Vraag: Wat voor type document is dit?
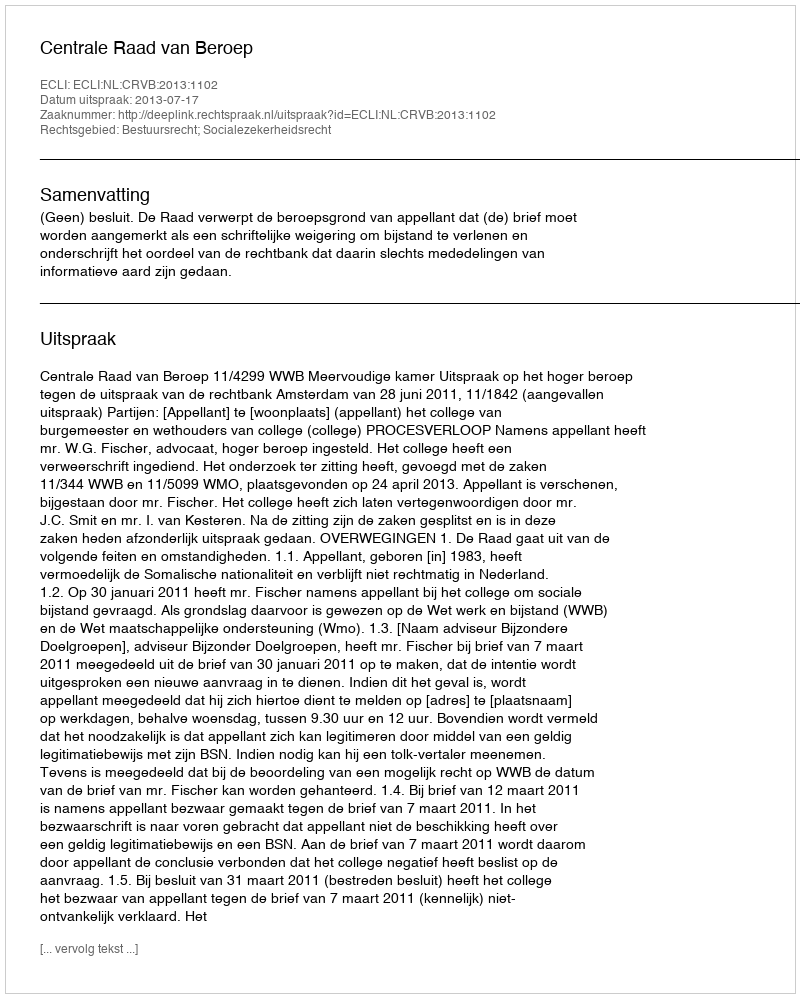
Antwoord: Uitspraak